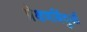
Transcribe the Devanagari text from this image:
प्रेक्षणबिंदुओं